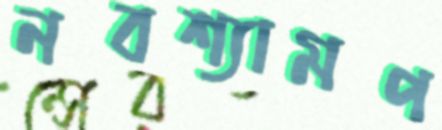
নবশ্যামপ